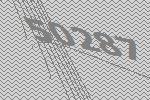
50287